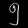
Digit: ၅